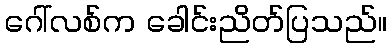
ဂေါ်လစ်က ခေါင်းညိတ်ပြသည်။